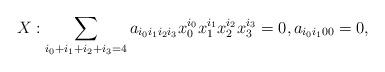
LaTeX: \begin{align*} X: \sum_{i_0 + i_1 + i_2 + i_3 = 4} a_{i_0 i_1 i_2 i_3} x_{0}^{i_0} x_{1}^{i_1} x_{2}^{i_2} x_{3}^{i_3} = 0, a_{i_0 i_1 0 0} = 0 ,\end{align*}